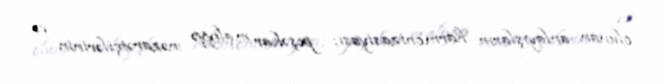
olunan anlayışların harmonizasiyası; peşəkar maliyyə nəzarətçilərinin və